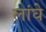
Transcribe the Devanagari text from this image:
लांघे